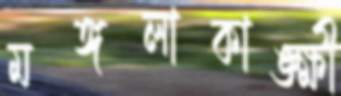
মঙ্গলাকাঙ্ক্ষী